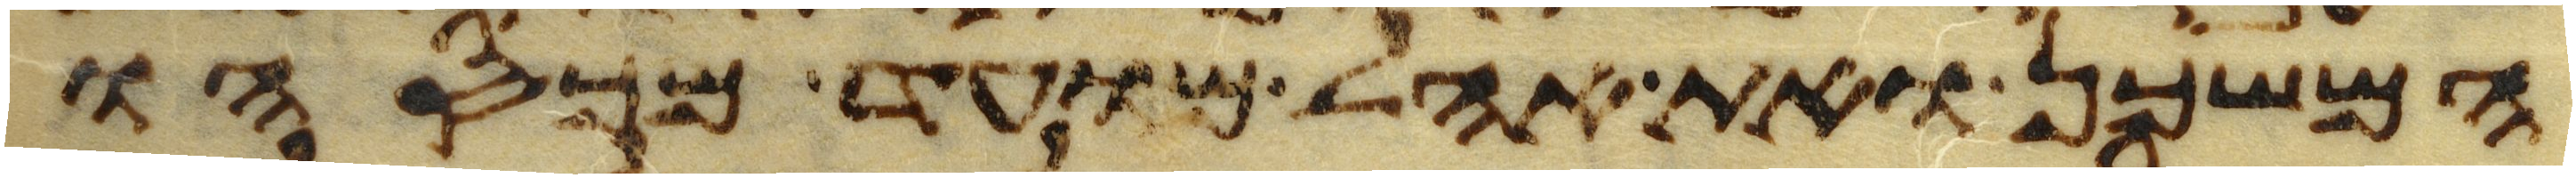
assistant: המשכן ואת אהל מועד מכסהו